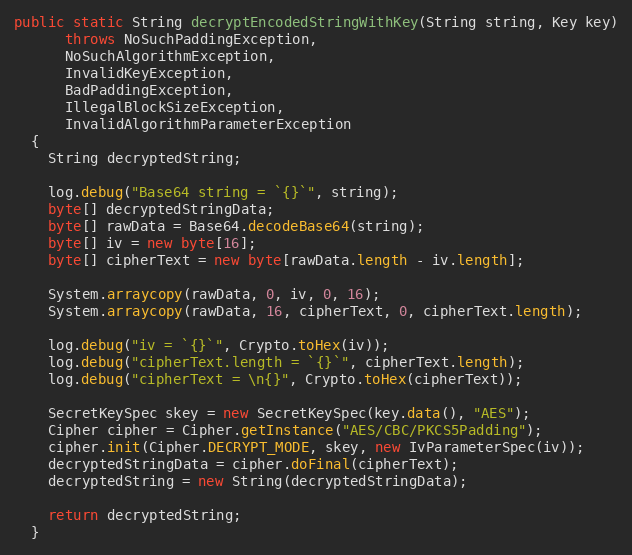
Language: Java
public static String decryptEncodedStringWithKey(String string, Key key)
      throws NoSuchPaddingException,
      NoSuchAlgorithmException,
      InvalidKeyException,
      BadPaddingException,
      IllegalBlockSizeException,
      InvalidAlgorithmParameterException
  {
    String decryptedString;

    log.debug("Base64 string = `{}`", string);
    byte[] decryptedStringData;
    byte[] rawData = Base64.decodeBase64(string);
    byte[] iv = new byte[16];
    byte[] cipherText = new byte[rawData.length - iv.length];

    System.arraycopy(rawData, 0, iv, 0, 16);
    System.arraycopy(rawData, 16, cipherText, 0, cipherText.length);

    log.debug("iv = `{}`", Crypto.toHex(iv));
    log.debug("cipherText.length = `{}`", cipherText.length);
    log.debug("cipherText = \n{}", Crypto.toHex(cipherText));

    SecretKeySpec skey = new SecretKeySpec(key.data(), "AES");
    Cipher cipher = Cipher.getInstance("AES/CBC/PKCS5Padding");
    cipher.init(Cipher.DECRYPT_MODE, skey, new IvParameterSpec(iv));
    decryptedStringData = cipher.doFinal(cipherText);
    decryptedString = new String(decryptedStringData);

    return decryptedString;
  }